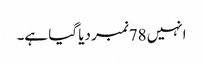
انہیں 78نمبر دیا گیا ہے۔